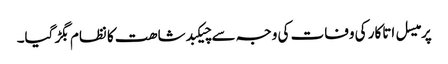
پرمیسل اتاکار کی وفات کی وجہ سے چیکبدشاھت کا نظام بگڑ گیا۔